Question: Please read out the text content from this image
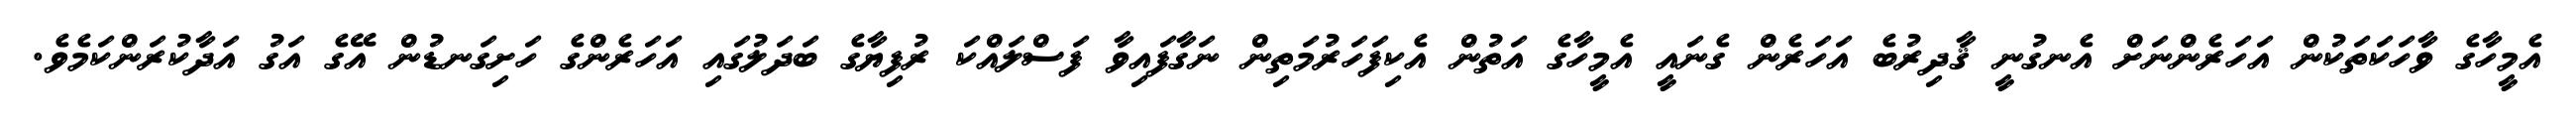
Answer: އެމީހާގެ ވާހަކަތަކުން އަހަރެންނަށް އެނގުނީ ޤާދިރުބެ އަހަރެން ގެނައީ އެމީހާގެ އަތުން އެކިފަހަރުމަތިން ނަގާފައިވާ ފަސްލައްކަ ރުފިޔާގެ ބަދަލުގައި އަހަރެންގެ ހަށިގަނޑުން އޭގެ އަގު އަދާކުރަންކަމެވެ.